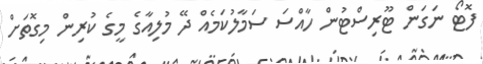
ފޮޓޯ ނަގަން ޓޫރިސްޓުން ހާއްސަ ސަމާލުކަމެއް ދޭ މުލިއާގެ މީގެ ކުރިން މިގޮތަށް